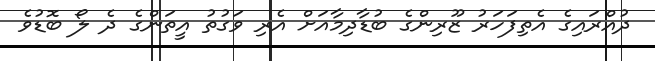
ދުއްރައިގެ އެތިފަހަރު ޒޫރިންގެ ބުޑާދިމާއަށް އެރި ވަގުތު އީތަންގެ ދެ ލޯ ބޮޑުވެ